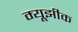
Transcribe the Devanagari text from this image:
म्यूझीक